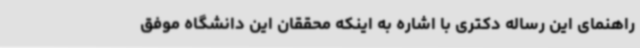
راهنمای این رساله دکتری با اشاره به اینکه محققان این دانشگاه موفق